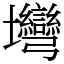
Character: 壪